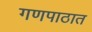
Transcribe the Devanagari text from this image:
गणपाठात